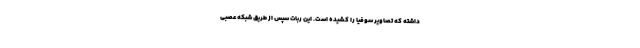
داشته که تصاویر سوفیا را کشیده است. این ربات سپس از طریق شبکه عصبی